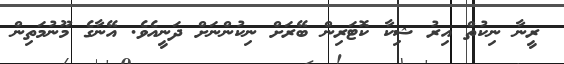
ރީނާ ނިކުތްް އިރު ޝިކާ ކޮޓަރިން ބޭރަށް ނިކުންނަށް ދަނީއެވެ. އޭނާގެ މޫނުމަތިން